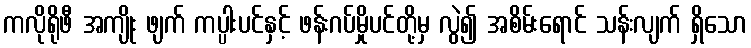
ကလိုရိုဖီ အကျိုး ဖျက် ကပ္ပါးပင်နှင့် ဖန်းဂပ်မှိုပင်တို့မှ လွဲ၍ အစိမ်းရောင် သန်းလျက် ရှိသော